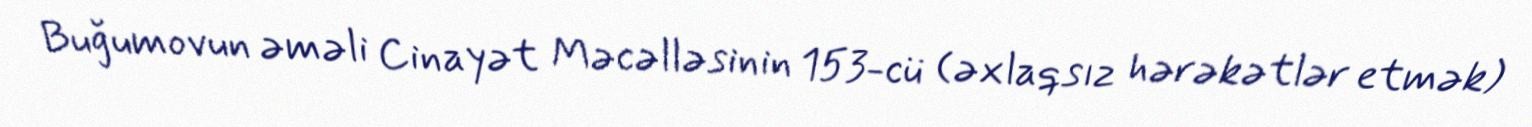
Buğumovun əməli Cinayət Məcəlləsinin 153-cü (əxlaqsız hərəkətlər etmək)